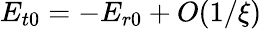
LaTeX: E_{t0}=-E_{r0}+O(1/\xi)